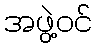
အဖွဲ့ဝင်